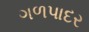
ગળપાદર